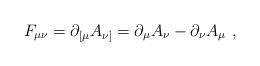
LaTeX: \begin{align*}F_{\mu\nu} = \partial_{[\mu} A_{\nu]} = \partial_\mu A_\nu -\partial_\nu A_\mu \ ,\end{align*}